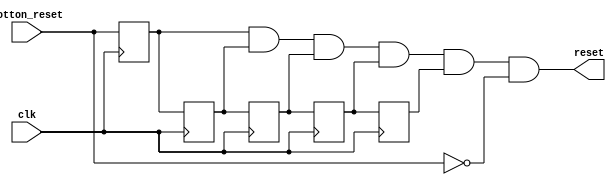
`timescale 1ns / 1ps
//////////////////////////////////////////////////////////////////////////////////
// Company: 
// Engineer: 
// 
// Design Name: 
// Module Name:    reset_metastabilidad 
// Project Name: 
// Target Devices: 
// Tool versions: 
// Description: 
//
// Dependencies: 
//
// Revision: 
// Revision 0.01 - File Created
// Additional Comments: 
//
//////////////////////////////////////////////////////////////////////////////////
module reset_metastabilidad(
    input botton_reset,
	 input clk,
	 output reset
    );
	 
	 reg FF_1;
    reg FF_2;
    reg FF_3;
    reg FF_4;
    reg FF_5;

    always @(posedge clk)
    begin
	   FF_1<=botton_reset;
	   FF_2<=FF_1;
	   FF_3<=FF_2;
	   FF_4<=FF_3;
	   FF_5<=FF_4; //En conexion en cascada se colocan los biestables, es decir los valores de las salidas dependen del valor 
	//que tenga la entrada
end

assign reset = FF_1 & FF_2 & FF_3 & FF_4 & FF_5 &!botton_reset;


endmodule